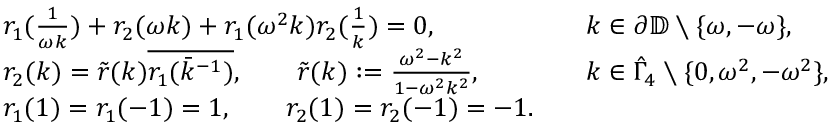
\begin{array} { r l r l } & { r _ { 1 } ( \frac { 1 } { \omega k } ) + r _ { 2 } ( \omega k ) + r _ { 1 } ( \omega ^ { 2 } k ) r _ { 2 } ( \frac { 1 } { k } ) = 0 , } & & { k \in \partial \mathbb { D } \setminus \{ \omega , - \omega \} , } \\ & { r _ { 2 } ( k ) = \tilde { r } ( k ) \overline { { r _ { 1 } ( \bar { k } ^ { - 1 } ) } } , \qquad \tilde { r } ( k ) : = \frac { \omega ^ { 2 } - k ^ { 2 } } { 1 - \omega ^ { 2 } k ^ { 2 } } , } & & { k \in \hat { \Gamma } _ { 4 } \setminus \{ 0 , \omega ^ { 2 } , - \omega ^ { 2 } \} , } \\ & { r _ { 1 } ( 1 ) = r _ { 1 } ( - 1 ) = 1 , \qquad r _ { 2 } ( 1 ) = r _ { 2 } ( - 1 ) = - 1 . } \end{array}